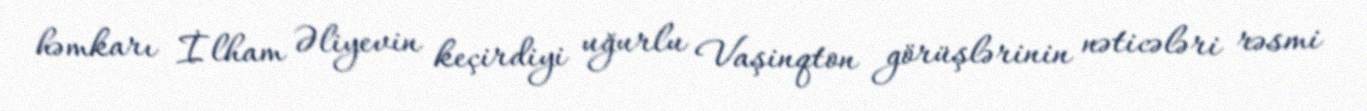
həmkarı İlham Əliyevin keçirdiyi uğurlu Vaşinqton görüşlərinin nəticələri rəsmi